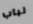
لباب